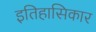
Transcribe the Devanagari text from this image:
इतिहासिकार